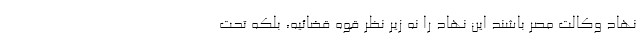
نهاد وکالت مُصر باشند این نهاد را نه زیر نظر قوه قضائیه، بلکه تحت